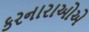
કરનારાઓએ